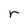
Character: r